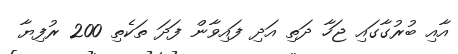
އާއި ބުރުގާގައި ޖަހާ ދަތި އަދި ފައިވާން ފަދަ ތަކެތި 200 ރުފިޔާ